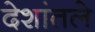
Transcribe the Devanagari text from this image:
देशांतले